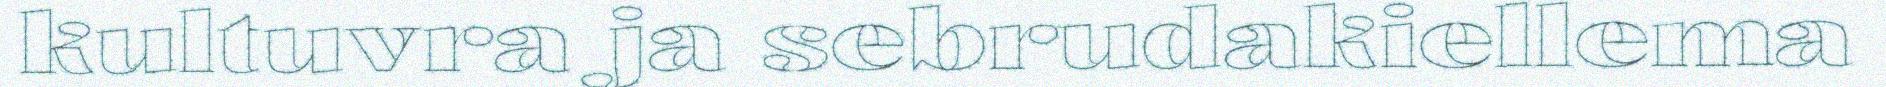
kultuvra ja sebrudakiellema